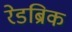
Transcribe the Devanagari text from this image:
रेडब्रिक